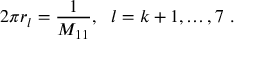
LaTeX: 2 \pi r _ { l } = \frac { 1 } { M _ { 1 1 } } , ~ ~ l = k + 1 , \ldots , 7 \ .